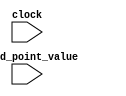
`timescale 1ns / 1ps

module fixed_point_to_integer(
	input clock,
	input [31:0] fixed_point_value
);

reg _sign = 1'h0;
reg [14:0] _integer_part = 15'h0000;
reg [15:0] _fractional_part = 16'h0000;

always @ (posedge clock)
begin
	_sign = fixed_point_value[31];

	_integer_part = fixed_point_value[30:16];

	_fractional_part = 16'h0000;
	if (fixed_point_value[15])
		_fractional_part = _fractional_part + 16'h1388; // 5000
	if (fixed_point_value[14])
		_fractional_part = _fractional_part + 16'h09C4; // 2500
	if (fixed_point_value[13])
		_fractional_part = _fractional_part + 16'h04E2; // 1250
	if (fixed_point_value[12])
		_fractional_part = _fractional_part + 16'h0271; // 0625
	if (fixed_point_value[11])
		_fractional_part = _fractional_part + 16'h0138; // 0312
	if (fixed_point_value[10])
		_fractional_part = _fractional_part + 16'h009C; // 0156
	if (fixed_point_value[9])
		_fractional_part = _fractional_part + 16'h004E; // 0078
	if (fixed_point_value[8])
		_fractional_part = _fractional_part + 16'h0027; // 0039
	if (fixed_point_value[7])
		_fractional_part = _fractional_part + 16'h0013; // 0019
	if (fixed_point_value[6])
		_fractional_part = _fractional_part + 16'h0009; // 0009
	if (fixed_point_value[5])
		_fractional_part = _fractional_part + 16'h0005; // 0005
	if (fixed_point_value[4])
		_fractional_part = _fractional_part + 16'h0002; // 0002
	if (fixed_point_value[3])
		_fractional_part = _fractional_part + 16'h0001; // 0001
	if (fixed_point_value[2])
		_fractional_part = _fractional_part + 16'h0000; // 0000
	if (fixed_point_value[1])
		_fractional_part = _fractional_part + 16'h0000; // 0000
	if (fixed_point_value[0])
		_fractional_part = _fractional_part + 16'h0000; // 0000
end

endmodule